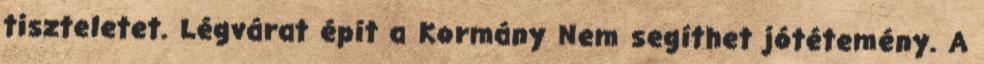
tiszteletet. Légvárat épít a Kormány Nem segíthet jótétemény. A